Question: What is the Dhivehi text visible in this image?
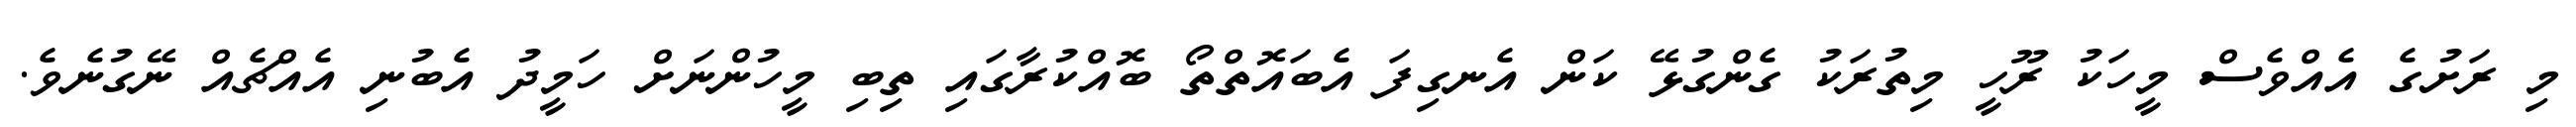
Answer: މި ރަށުގެ އެއްވެސް މީހަކު ރޫހީ މިތުރަކު ގެންގުޅޭ ކަން އެނގިފަ އެބައޮތްތޯ ބޮއްކުރާގައި ތިބި މީހުންނަށް ހަމީދު އެބުނި އެއްޗެއް ނޭގުނެވެ.